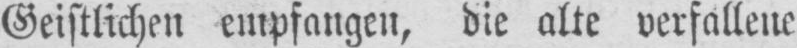
Geistlichen empfangen, die alte verfallene